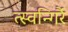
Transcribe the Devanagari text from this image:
त्स्वन्गिर्रै